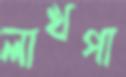
লাখপা